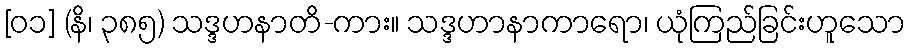
[၀၁] (နိ၊ ၃၈၅) သဒ္ဒဟနာတိ-ကား။ သဒ္ဒဟာနာကာရော၊ ယုံကြည်ခြင်းဟူသော